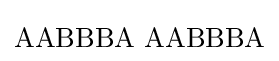
\mathrm {AABBBA\,\,AABBBA}